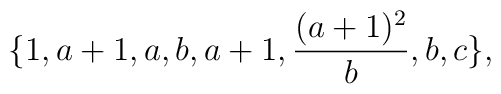
\{ 1,  a + 1, a, b, a + 1, \frac{(a + 1)^2}{b},b,c \} ,